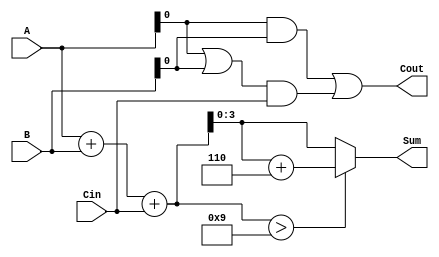
module BCD_Carry_Lookahead_Adder (
    input  [3:0] A,      // First BCD digit
    input  [3:0] B,      // Second BCD digit
    input        Cin,     // Carry-in
    output reg [3:0] Sum, // BCD result
    output reg Cout       // Carry-out
);

    // Internal signals
    wire [4:0] S;        // 5-bit sum to accommodate carry
    wire P;              // Propagate signal
    wire G;              // Generate signal
    wire Correction;     // Correction needed signal

    // Initial sum calculation
    assign S = A + B + Cin;

    // Carry generation and propagation
    assign P = A | B;    // Propagate
    assign G = A & B;    // Generate

    // Carry lookahead logic
    always @(*) begin
        Cout = G | (P & Cin);
    end

    // BCD correction logic
    assign Correction = (S > 9);

    // Final BCD sum calculation
    always @(*) begin
        if (Correction) begin
            Sum = S[3:0] + 4'b0110; // Add 6 to correct
        end else begin
            Sum = S[3:0]; // No correction needed
        end
    end

endmodule